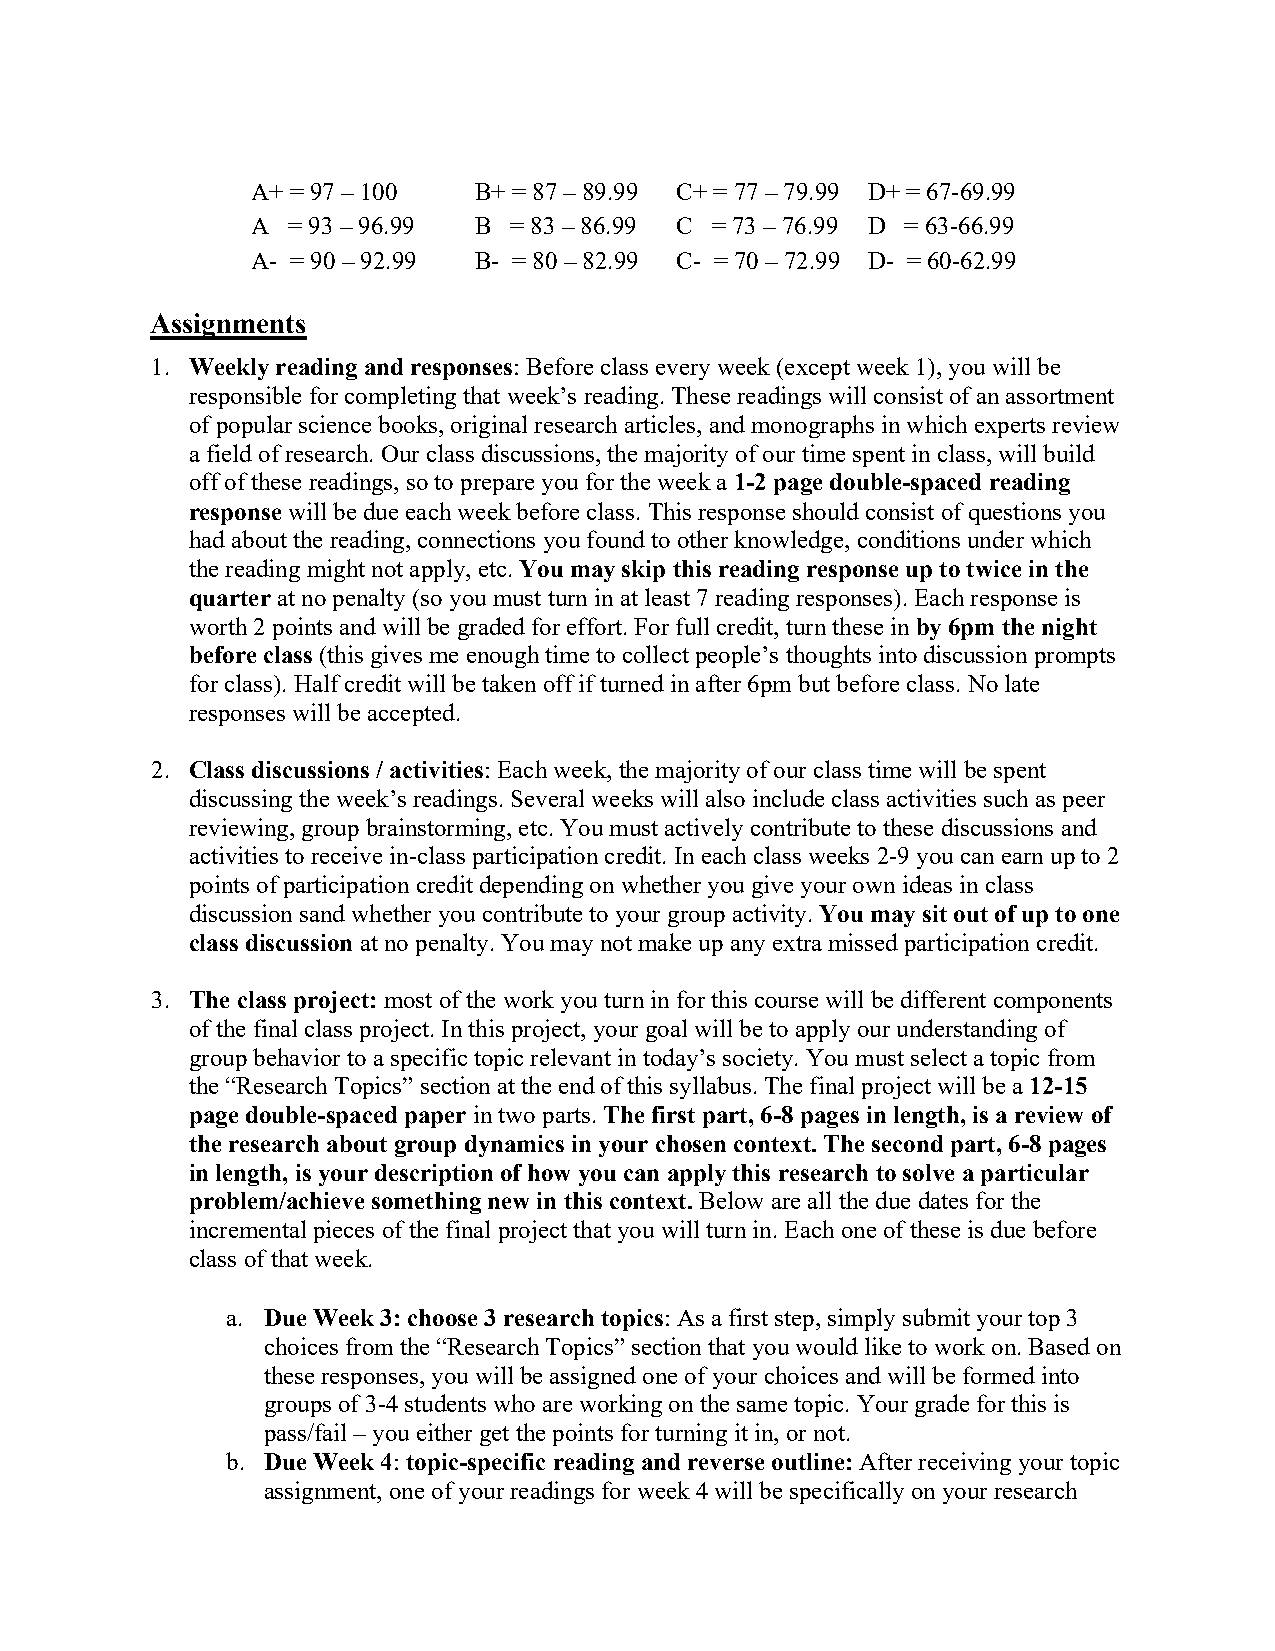
A+ = 97 – 100 B+ = 87 – 89.99 C+ = 77 – 79.99 D+ = 67-69.99
 A = 93 – 96.99 B = 83 – 86.99 C = 73 – 76.99 D = 63-66.99
 A- = 90 – 92.99 B- = 80 – 82.99 C- = 70 – 72.99 D- = 60-62.99
 Assignments
 1. Weekly reading and responses: Before class every week (except week 1), you will be
 responsible for completing that week’s reading. These readings will consist of an assortment
 of popular science books, original research articles, and monographs in which experts review
 a field of research. Our class discussions, the majority of our time spent in class, will build
 off of these readings, so to prepare you for the week a 1-2 page double-spaced reading
 response will be due each week before class. This response should consist of questions you
 had about the reading, connections you found to other knowledge, conditions under which
 the reading might not apply, etc. You may skip this reading response up to twice in the
 quarter at no penalty (so you must turn in at least 7 reading responses). Each response is
 worth 2 points and will be graded for effort. For full credit, turn these in by 6pm the night
 before class (this gives me enough time to collect people’s thoughts into discussion prompts
 for class). Half credit will be taken off if turned in after 6pm but before class. No late
 responses will be accepted.
 2. Class discussions / activities: Each week, the majority of our class time will be spent
 discussing the week’s readings. Several weeks will also include class activities such as peer
 reviewing, group brainstorming, etc. You must actively contribute to these discussions and
 activities to receive in-class participation credit. In each class weeks 2-9 you can earn up to 2
 points of participation credit depending on whether you give your own ideas in class
 discussion sand whether you contribute to your group activity. You may sit out of up to one
 class discussion at no penalty. You may not make up any extra missed participation credit.
 3. The class project: most of the work you turn in for this course will be different components
 of the final class project. In this project, your goal will be to apply our understanding of
 group behavior to a specific topic relevant in today’s society. You must select a topic from
 the “Research Topics” section at the end of this syllabus. The final project will be a 12-15
 page double-spaced paper in two parts. The first part, 6-8 pages in length, is a review of
 the research about group dynamics in your chosen context. The second part, 6-8 pages
 in length, is your description of how you can apply this research to solve a particular
 problem/achieve something new in this context. Below are all the due dates for the
 incremental pieces of the final project that you will turn in. Each one of these is due before
 class of that week.
 a. Due Week 3: choose 3 research topics: As a first step, simply submit your top 3
 choices from the “Research Topics” section that you would like to work on. Based on
 these responses, you will be assigned one of your choices and will be formed into
 groups of 3-4 students who are working on the same topic. Your grade for this is
 pass/fail – you either get the points for turning it in, or not.
 b. Due Week 4: topic-specific reading and reverse outline: After receiving your topic
 assignment, one of your readings for week 4 will be specifically on your research